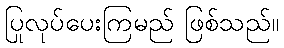
ပြုလုပ်ပေးကြမည် ဖြစ်သည်။